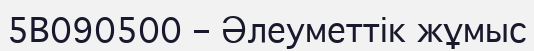
5В090500 – Әлеуметтік жұмыс